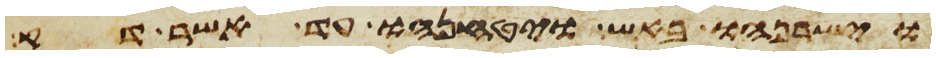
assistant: וישרפהו באש ויטנחהו עד אשר דק